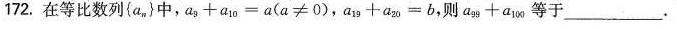
172.在等比数列{a_{n}}中，$$a_{9} + a_{10} =a$$(a≠0)，$$a_{19} + a_{20} =b$$，则a_{99}+a_{100}等于______。